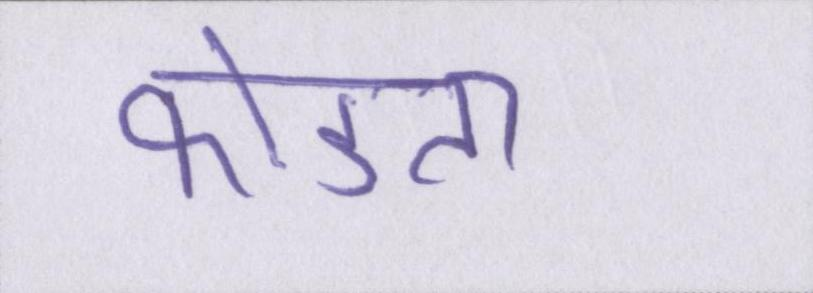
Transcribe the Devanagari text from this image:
फोडता